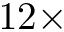
1 2 \times